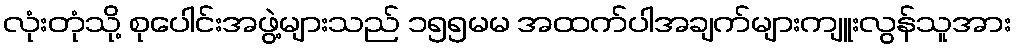
လုံးတုံသို့ စုပေါင်းအဖွဲ့များသည် ၁၅၅မမ အထက်ပါအချက်များကျူးလွန်သူအား